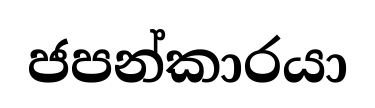
ජපන්කාරයා